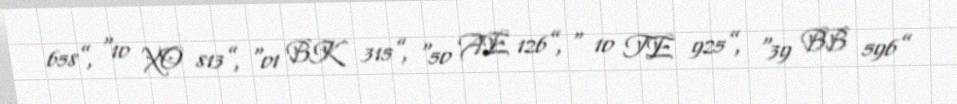
658”, “10 XO 813”, “01 BK 315”, “50 AE 126”, “ 10 TE 925”, “39 BB 596”